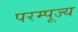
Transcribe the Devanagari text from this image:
परम्पूज्य